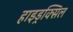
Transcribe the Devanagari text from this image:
हाइड्रक्सिल